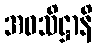
အဝသိဋ္ဌာနိ